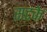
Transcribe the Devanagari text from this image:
सटके